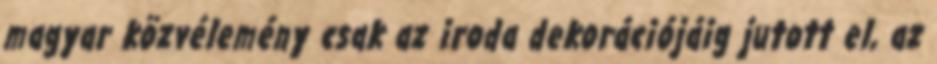
magyar közvélemény csak az iroda dekorációjáig jutott el, az